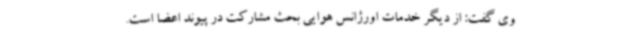
وی گفت: از دیگر خدمات اورژانس هوایی بحث مشارکت در پیوند اعضا است.